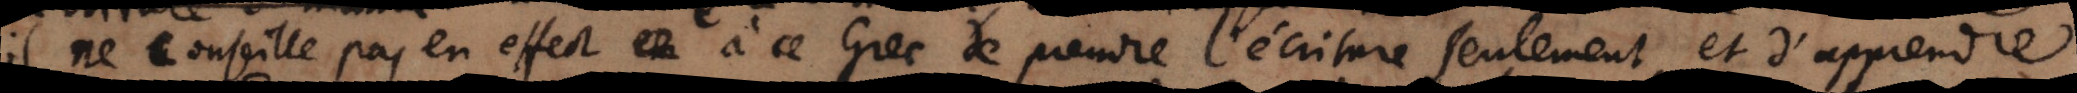
il ne conseille pas en effet à ce Grec de prendre l’écriture seulement, et d’apprendre